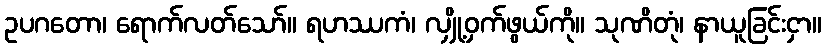
ဥပဂတော၊ ရောက်လတ်သော်။ ရဟဿကံ၊ လျှို့ဝှက်ဖွယ်ကို။ သုဏိတုံ၊ နာယူခြင်းငှာ။